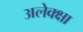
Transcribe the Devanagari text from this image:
अलेक्क्षा